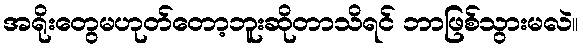
အရိုးတွေမဟုတ်တော့ဘူးဆိုတာသိရင် ဘာဖြစ်သွားမလဲ။